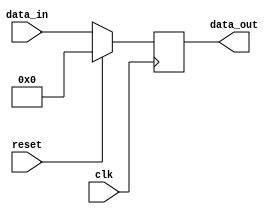
module multiplicand_n_divider_register(clk, reset, data_in, data_out);
    input [63:0] data_in; // Input data
    input clk, reset; // Clock and reset inputs
    output [63:0] data_out; // Output data
    reg [63:0] mul_div_reg; // Internal register to hold data

    // Sequential logic to update register on positive edge of clock
    always @(posedge clk) begin
        if (reset) // Reset condition
            mul_div_reg <= 64'd0; // Reset register to zero
        else 
            mul_div_reg <= data_in; // Update register with input data
    end
    
    // Output data is the content of the register
    assign data_out = mul_div_reg;
endmodule